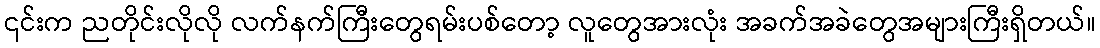
၎င်းက ညတိုင်းလိုလို လက်နက်ကြီးတွေရမ်းပစ်တော့ လူတွေအားလုံး အခက်အခဲတွေအများကြီးရှိတယ်။